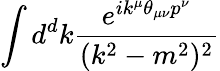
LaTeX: \int{d^{d}k\frac{e^{ik^{\mu}\theta_{\mu\nu}p^{\nu}}}{(k^{2}-m^{2})^{2}}}